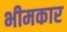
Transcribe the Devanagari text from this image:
भीमकार